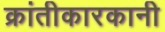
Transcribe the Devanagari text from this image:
क्रांतीकारकानी